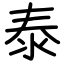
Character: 泰